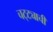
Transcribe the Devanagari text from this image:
चट्ट्याची